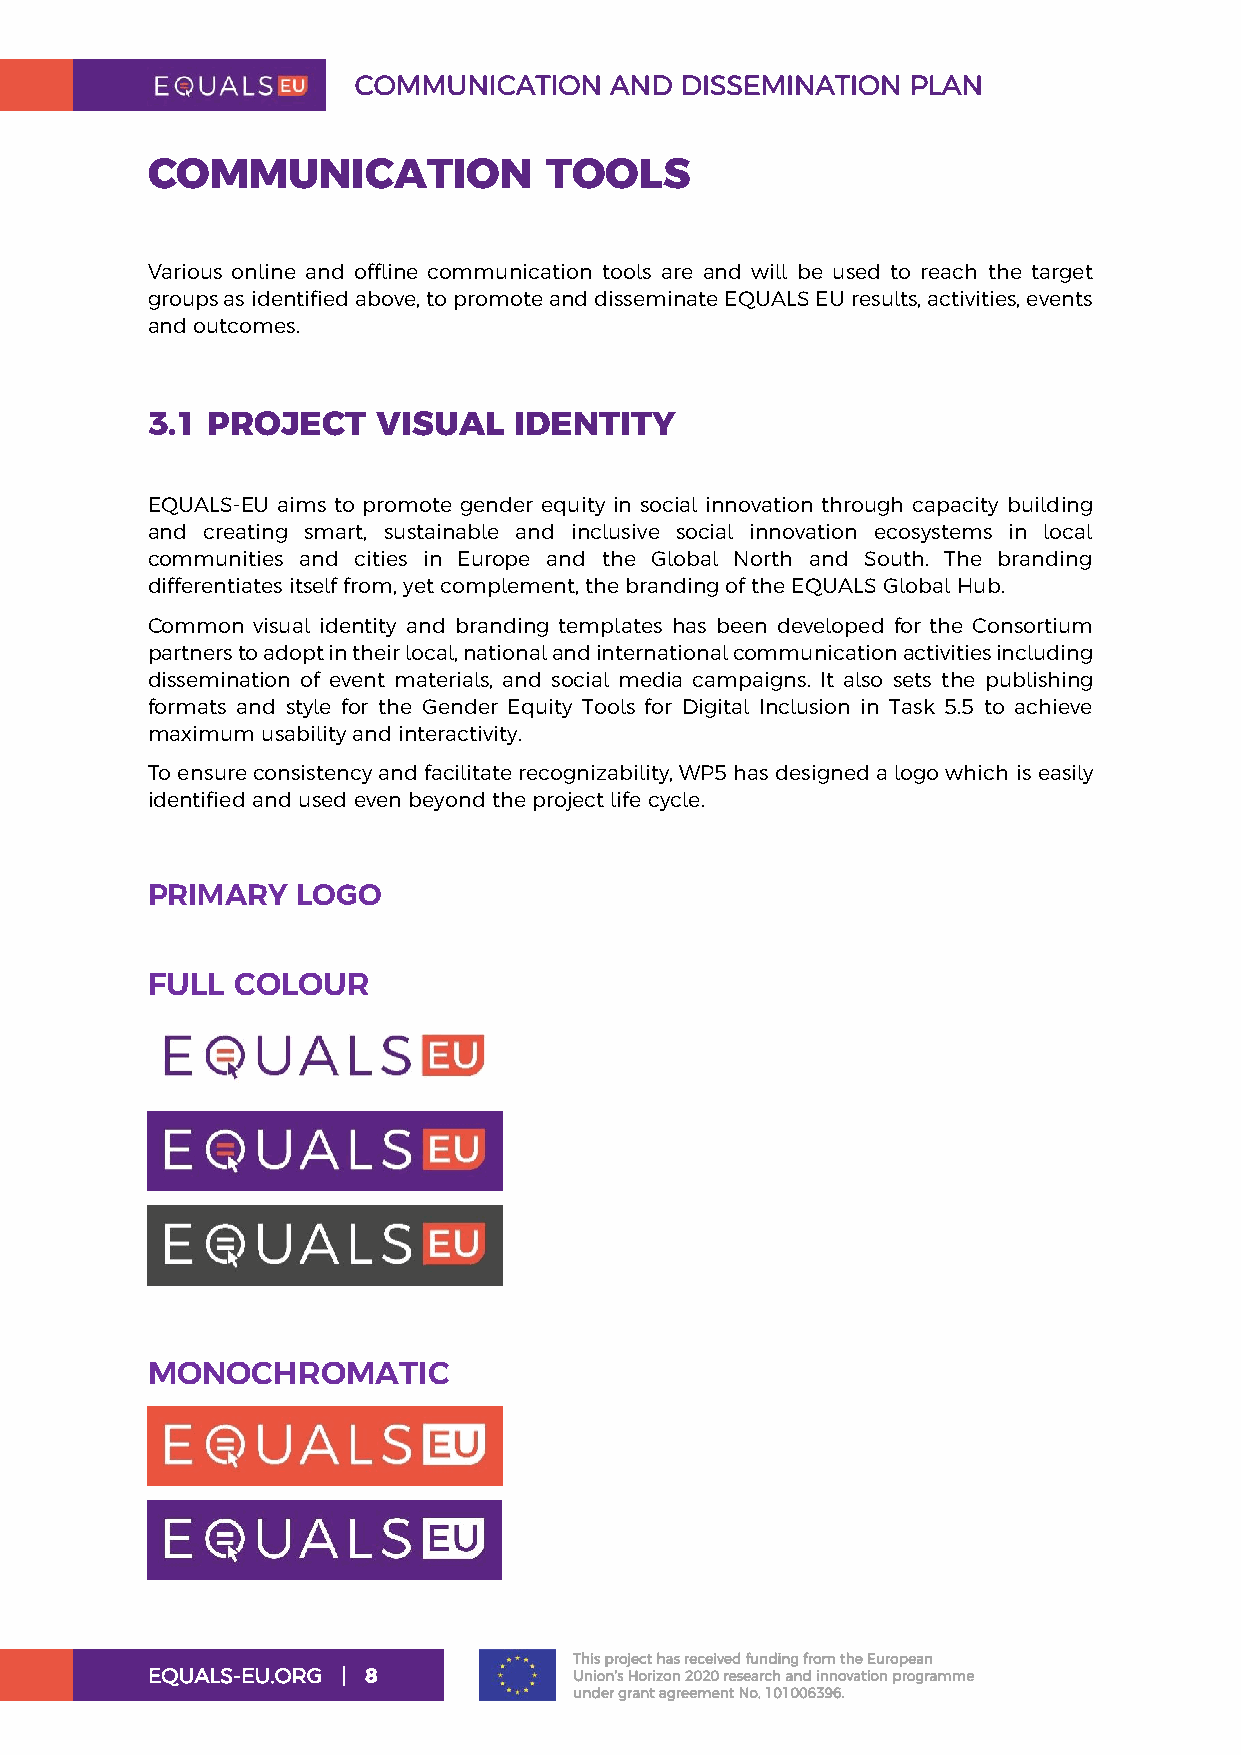
COMMUNICATION    AND  DISSEMINATION  PLAN
 COMMUNICATION             TOOLS
 Various online and offline communication tools are and will be used to reach the target
 groups as identified above, to promote and disseminate EQUALS EU results, activities, events
 and outcomes.
 3.1 PROJECT    VISUAL   IDENTITY
 EQUALS-EU aims to promote gender equity in social innovation through capacity building
 and creating smart, sustainable and inclusive social innovation ecosystems in local
 communities and cities in Europe and the Global North and South. The branding
 differentiates itself from, yet complement, the branding of the EQUALS Global Hub.
 Common visual identity and branding templates has been developed for the Consortium
 partners to adopt in their local, national and international communication activities including
 dissemination of event materials, and social media campaigns. It also sets the publishing
 formats and style for the Gender Equity Tools for Digital Inclusion in Task 5.5 to achieve
 maximum usability and interactivity.
 To ensure consistency and facilitate recognizability, WP5 has designed a logo which is easily
 identified and used even beyond the project life cycle.
 PRIMARY   LOGO
 FULL COLOUR
 MONOCHROMATIC
 This project has received funding from the European
 EQUALS-EU.ORG | 8           Union’s Horizon 2020 research and innovation programme
 under grant agreement No. 101006396.